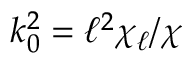
k _ { 0 } ^ { 2 } = \ell ^ { 2 } \chi _ { \ell } / \chi